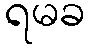
ရမခ